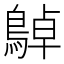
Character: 𪂱